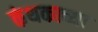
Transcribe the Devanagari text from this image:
कंथकाच्या